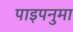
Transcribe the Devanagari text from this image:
पाइपनुमा